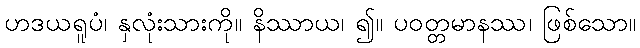
ဟဒယရူပံ၊ နှလုံးသားကို။ နိဿာယ၊ ၍။ ပဝတ္တမာနဿ၊ ဖြစ်သော။